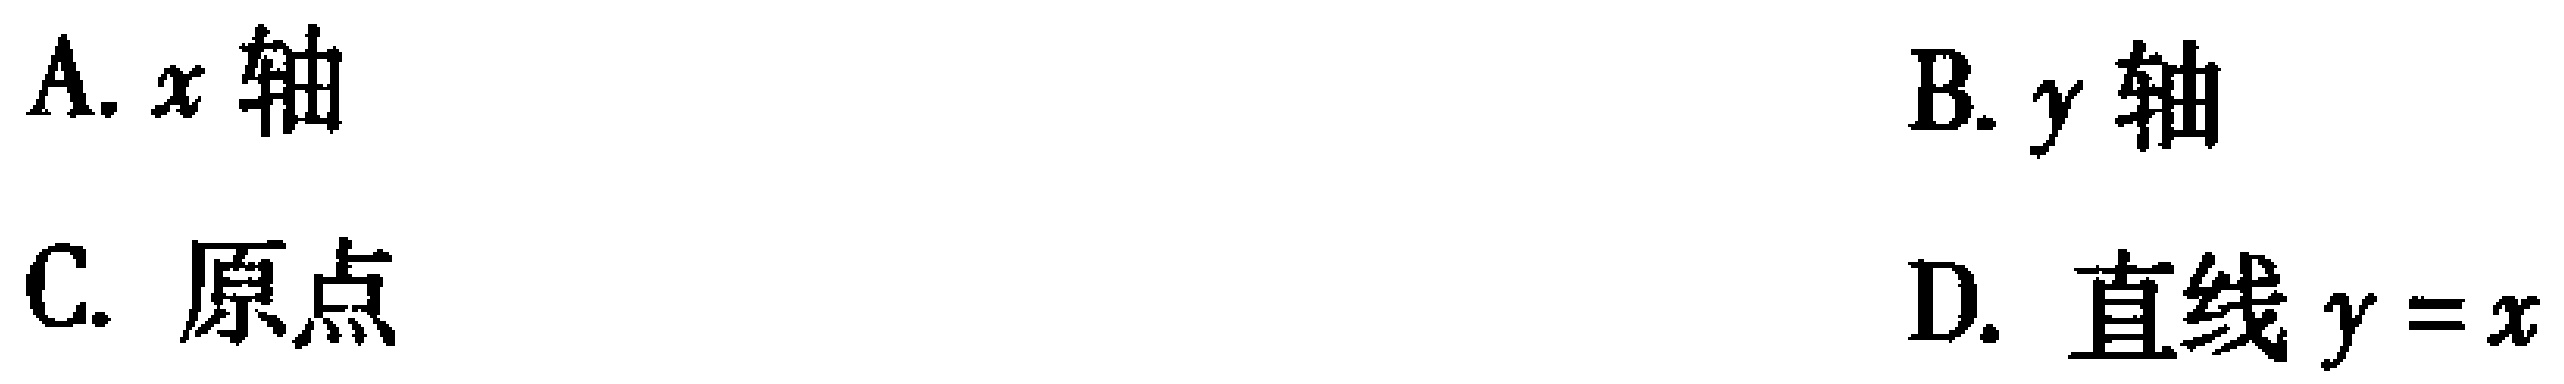
A. \(x\)轴
B. \(y\)轴
C. 原点
D. 直线\(y = x\)